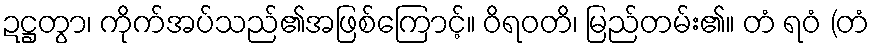
ဍဋ္ဌတွာ၊ ကိုက်အပ်သည်၏အဖြစ်ကြောင့်။ ဝိရဝတိ၊ မြည်တမ်း၏။ တံ ရဝံ (တံ